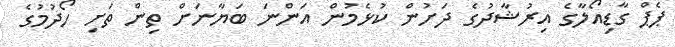
ޕެޕް ގާޑިއޯލާގެ އިރުޝާދުގެ ދަށުން ކުޅެމުން އަންނަ ބަޔާނަށް ތިން ތަށި ހޯދުމުގެ